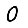
Digit: 0